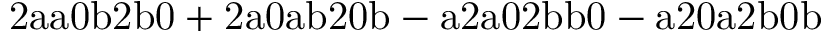
\mathrm { 2 a a 0 b 2 b 0 + 2 a 0 a b 2 0 b - a 2 a 0 2 b b 0 - a 2 0 a 2 b 0 b }